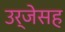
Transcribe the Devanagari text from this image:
उर्जेसह